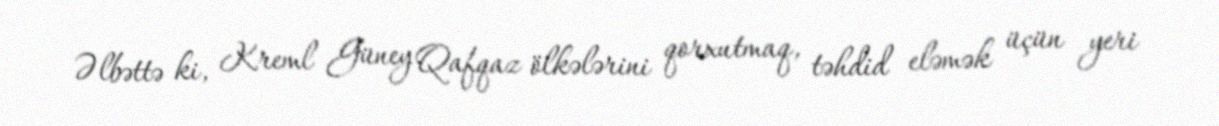
Əlbəttə ki, Kreml Güney Qafqaz ölkələrini qorxutmaq, təhdid eləmək üçün yeri